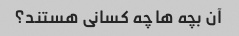
آن بچه ها چه کسانی هستند؟